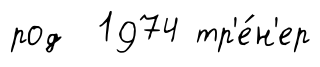
род 1974 тр'е́н'ер